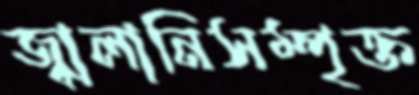
জ্বালানিসম্পৃক্ত